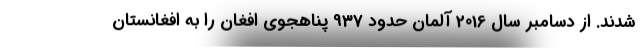
شدند. از دسامبر سال 2016 آلمان حدود 937 پناهجوی افغان را به افغانستان